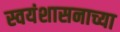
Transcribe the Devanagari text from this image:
स्वयंशासनाच्या